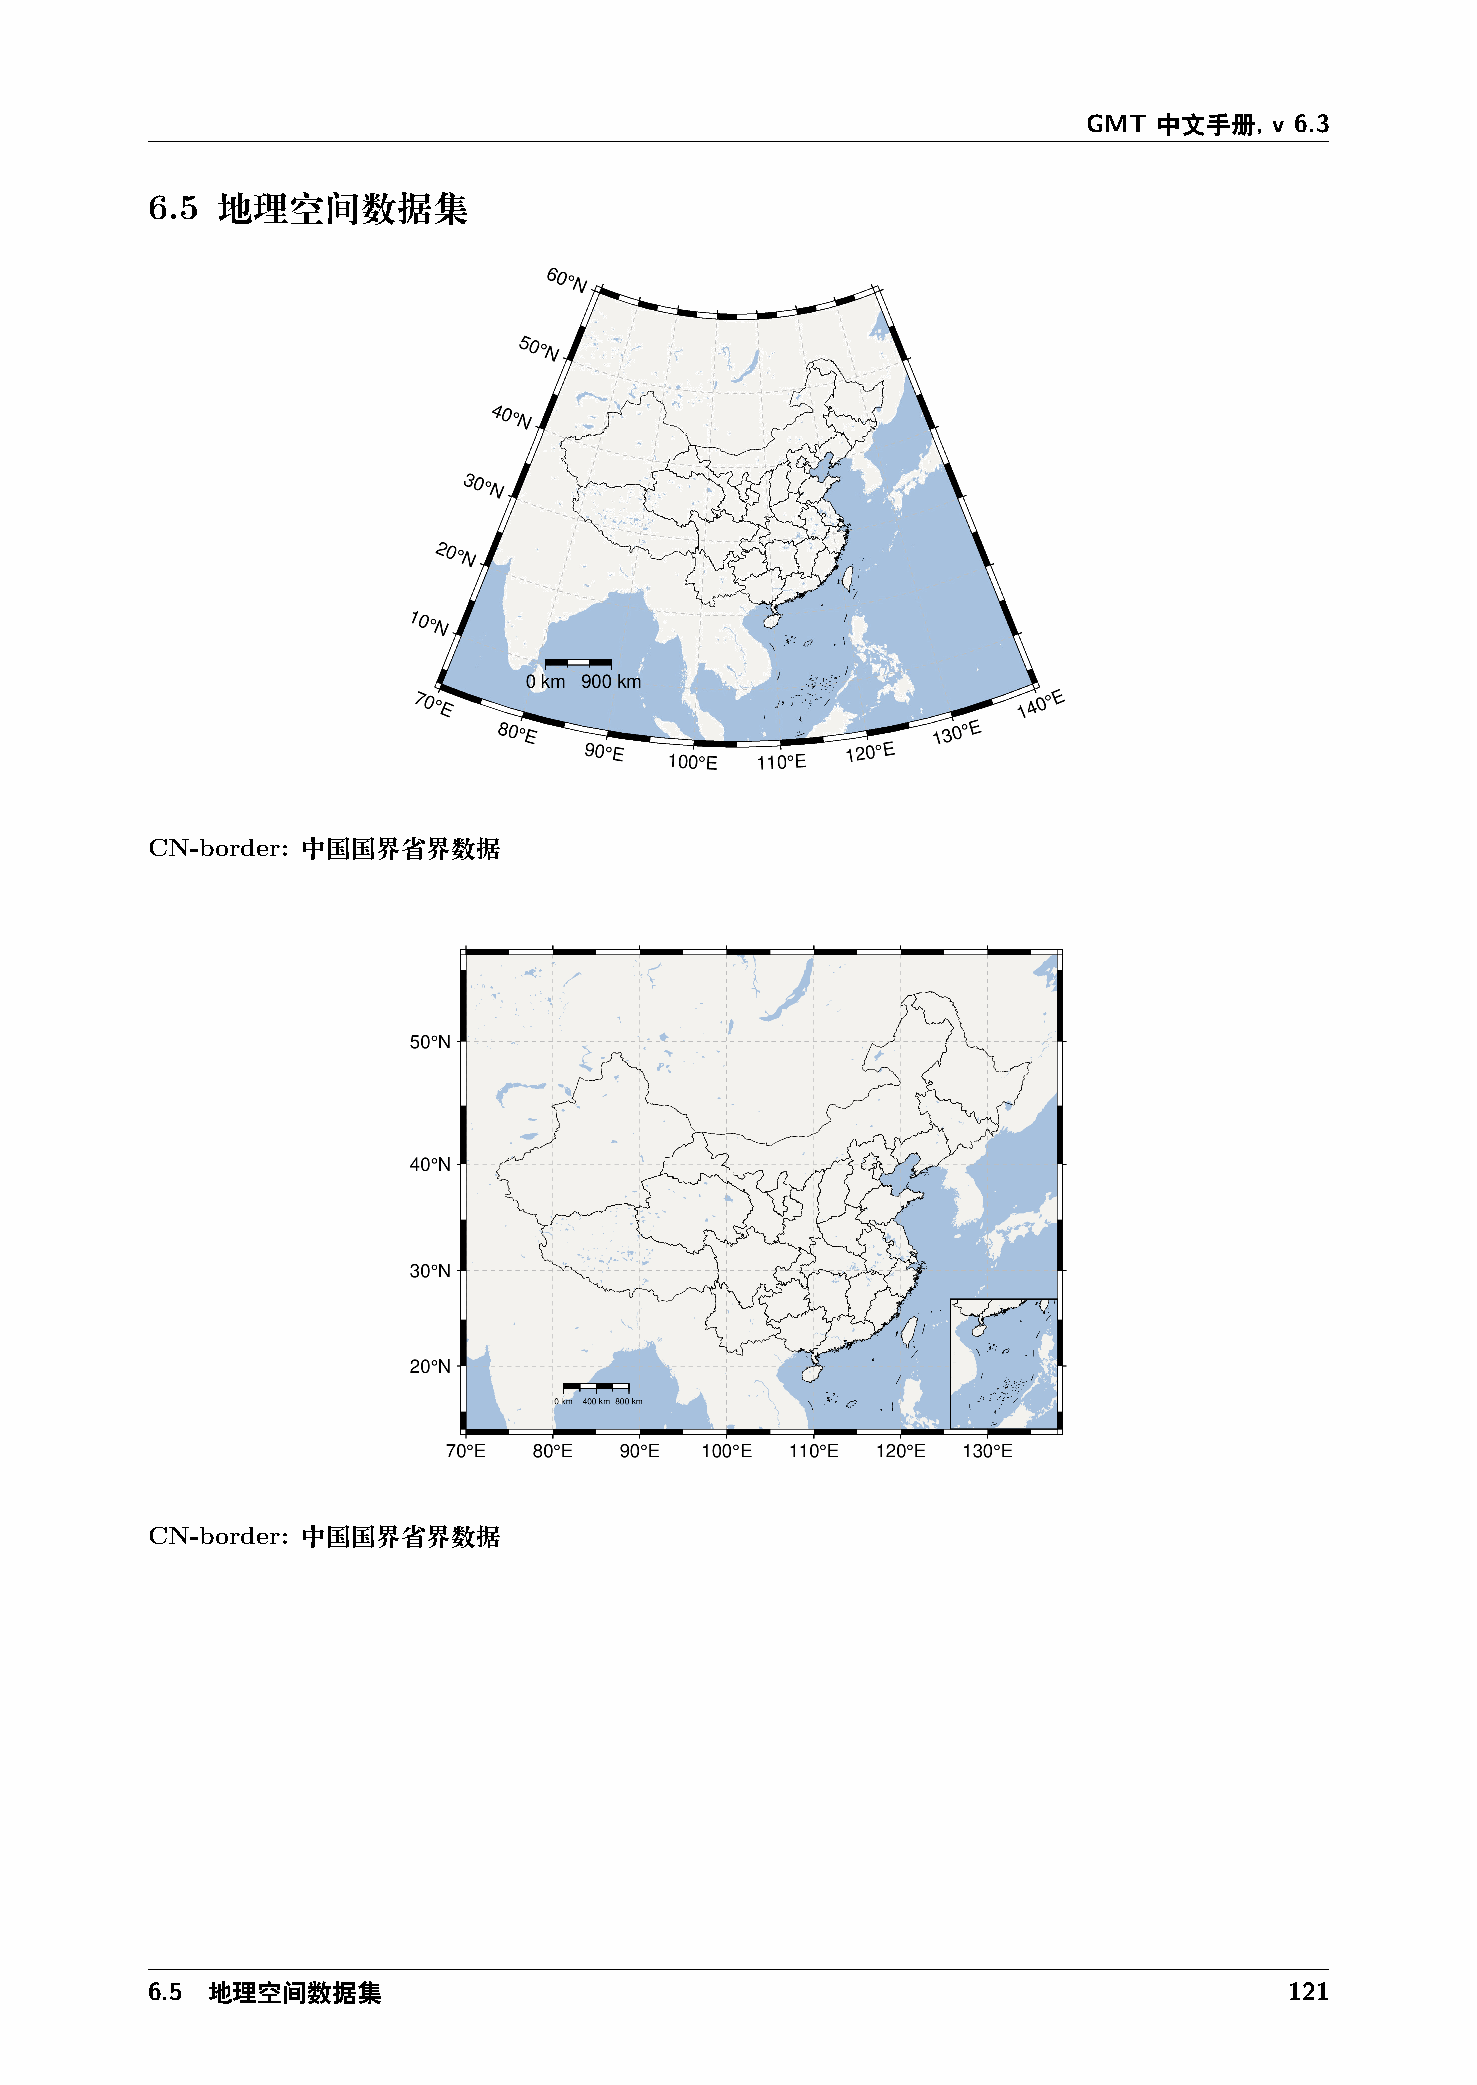
GMT  中文手册,  v 6.3
 6.5 地理空间数据集
 CN-border: 中国国界省界数据
 CN-border: 中国国界省界数据
 6.5 地理空间数据集                                                                121